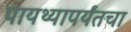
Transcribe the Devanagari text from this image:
पायथ्यापर्यंतचा